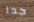
جدا